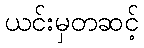
ယင်းမှတဆင့်